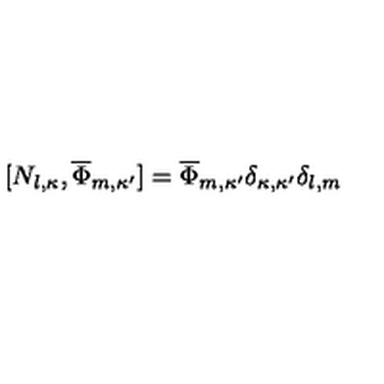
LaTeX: [ N _ { l , \kappa } , \overline { { \Phi } } _ { m , \kappa ^ { \prime } } ] = \overline { { \Phi } } _ { m , \kappa ^ { \prime } } \delta _ { \kappa , \kappa ^ { \prime } } \delta _ { l , m }